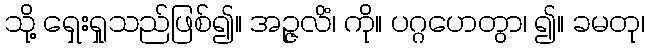
သို့ ရှေးရှုသည်ဖြစ်၍။ အဉ္ဇလိံ၊ ကို။ ပဂ္ဂဟေတွာ၊ ၍။ ခမတု၊